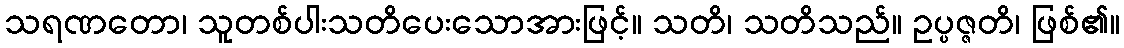
သရဏတော၊ သူတစ်ပါးသတိပေးသောအားဖြင့်။ သတိ၊ သတိသည်။ ဥပ္ပဇ္ဇတိ၊ ဖြစ်၏။